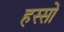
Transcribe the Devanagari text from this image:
हस्सों